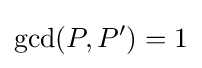
\mathrm {gcd} (P,P')=1